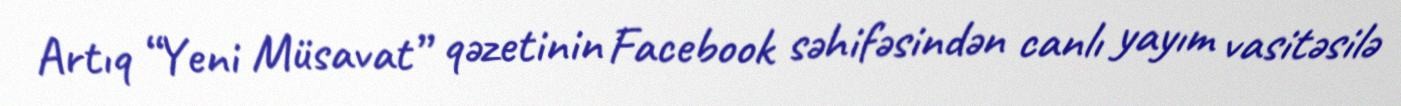
Artıq “Yeni Müsavat” qəzetinin Facebook səhifəsindən canlı yayım vasitəsilə